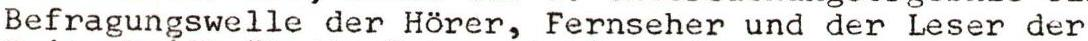
Befragungswelle der Hörer, Fernseher und der Leser der